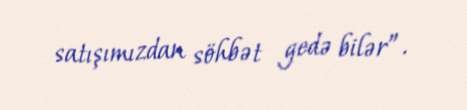
satışımızdan söhbət gedə bilər”.